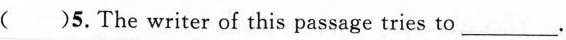
( )5.The writer of this passage tries to ___